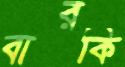
বারকি